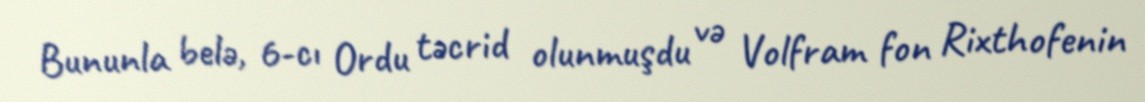
Bununla belə, 6-cı Ordu təcrid olunmuşdu və Volfram fon Rixthofenin